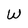
Character: W